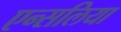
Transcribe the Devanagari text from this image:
एन्सलिया